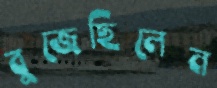
বুজেছিলেন